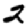
Digit: 2